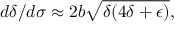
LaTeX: d \delta / d \sigma \approx 2 b \sqrt { \delta ( 4 \delta + \epsilon ) } ,